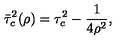
\bar { \tau } _ { c } ^ { 2 } ( \rho ) = \tau _ { c } ^ { 2 } - \frac { 1 } { 4 \rho ^ { 2 } } { , }